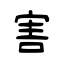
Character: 害